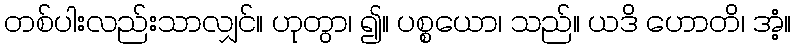
တစ်ပါးလည်းသာလျှင်။ ဟုတွာ၊ ၍။ ပစ္စယော၊ သည်။ ယဒိ ဟောတိ၊ အံ့။